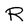
Character: R